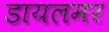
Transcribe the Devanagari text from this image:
डायलमर